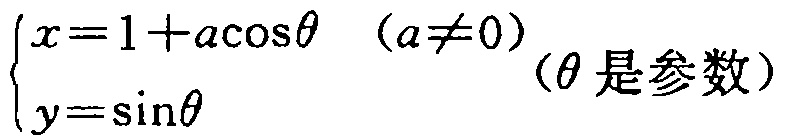
$\begin{cases}x = 1 + a\cos\theta&(a\neq0)\\y = \sin\theta\end{cases}$（$\theta$是参数）